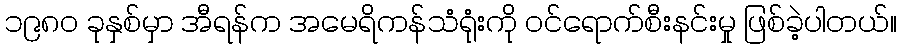
၁၉၈၀ ခုနှစ်မှာ အီရန်က အမေရိကန်သံရုံးကို ဝင်ရောက်စီးနင်းမှု ဖြစ်ခဲ့ပါတယ်။